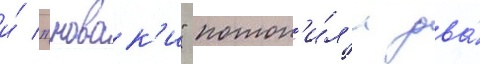
и́ "новак'и" потоп'и́л'и два́